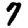
Digit: 7